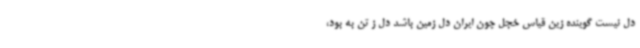
دل نیست گوینده زین قیاس خجل چون ایران دل زمین باشد دل ز تن به بود،